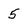
Character: 5